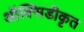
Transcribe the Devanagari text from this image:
ऑक्सिडीकृत